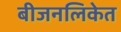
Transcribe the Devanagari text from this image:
बीजनलिकेत